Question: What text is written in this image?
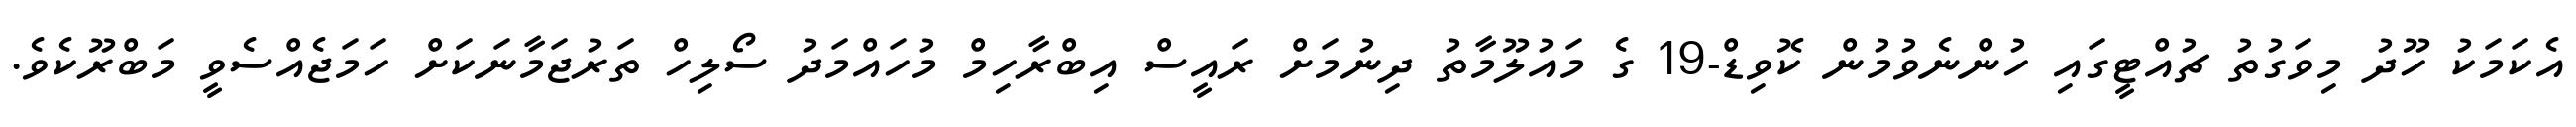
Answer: އެކަމަކު ހޫދު މިވަގުތު ޗުއްޓީގައި ހުންނެވުމުން ކޮވިޑް-19 ގެ މައުލޫމާތު ދިނުމަށް ރައީސް އިބްރާހިމް މުހައްމަދު ސޯލިހް ތަރުޖަމާނަކަށް ހަމަޖެއްސެވީ މަބްރޫކެވެ.